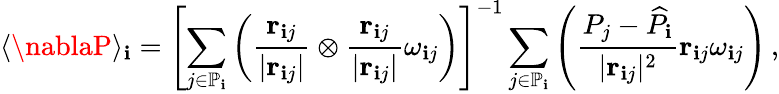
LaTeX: \langle\nablaP\rangle_{\mathbf{i}}=\left[\sum_{j\in\mathbb{{P}}_{\mathbf{i}}}\left(\frac{{\mathbf{{r}}_{\mathbf{i}j}}}{{\vert\mathbf{{r}}_{\mathbf{i}j}\vert}}\otimes\frac{{\mathbf{{r}}_{\mathbf{i}j}}}{{\vert\mathbf{{r}}_{\mathbf{i}j}\vert}}\omega_{\mathbf{i}j}\right)\right]^{-1}\sum_{j\in\mathbb{{P}}_{\mathbf{i}}}\left(\frac{{P_{j}-\widehat{{P}}_{\mathbf{i}}}}{{\vert\mathbf{{r}}_{\mathbf{i}j}\vert^{2}}}\mathbf{{r}}_{\mathbf{i}j}\omega_{\mathbf{i}j}\right)\, ,